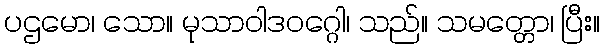
ပဌမော၊ သော။ မုသာဝါဒဝဂ္ဂေါ၊ သည်။ သမတ္တော၊ ပြီး။